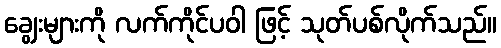
ချွေးများကို လက်ကိုင်ပဝါ ဖြင့် သုတ်ပစ်လိုက်သည်။